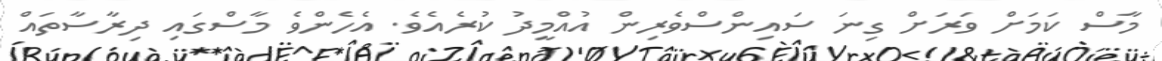
މާސް ކަމަށް ވަރަށް ގިނަ ސައިންސްވެރިން އުއްމީދު ކުރެއެވެ. އެހެންވެ މާސްގައި ދިރާސާތައް